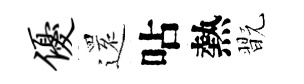
优𮟃呫熱翫